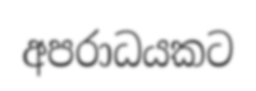
අපරාධයකට